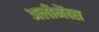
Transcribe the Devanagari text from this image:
अलीमेंत्स